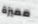
مميزة